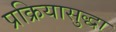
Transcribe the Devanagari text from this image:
प्रक्रियासुद्धा